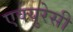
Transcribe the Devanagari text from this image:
एक्युरेसी